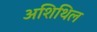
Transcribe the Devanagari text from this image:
अशिथिल